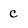
Character: c